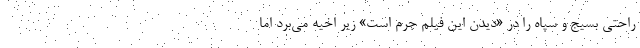
راحتی بسیج و سپاه را در «دیدن این فیلم جرم است» زیر اخیه می‌برد اما